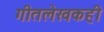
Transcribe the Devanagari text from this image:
गीतलेखकही